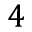
4